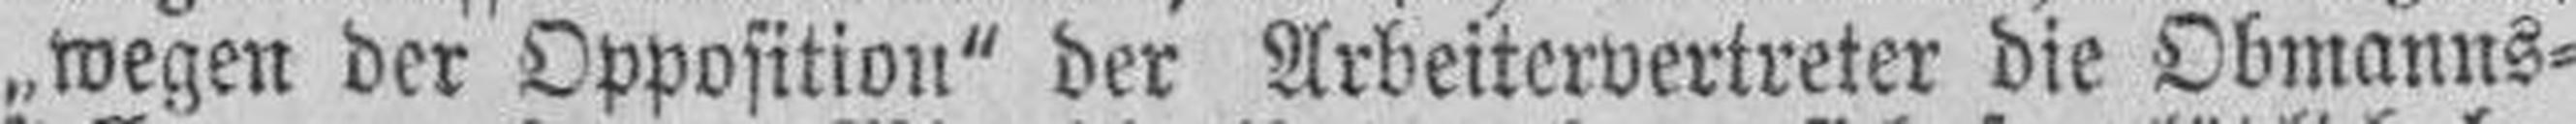
„wegen der Opposition“ der Arbeitervertreter die Obmanns¬